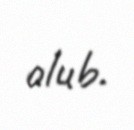
olub.